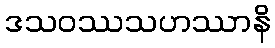
ဒသဝဿသဟဿာနိ